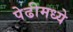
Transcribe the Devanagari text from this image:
पेढीमध्ये